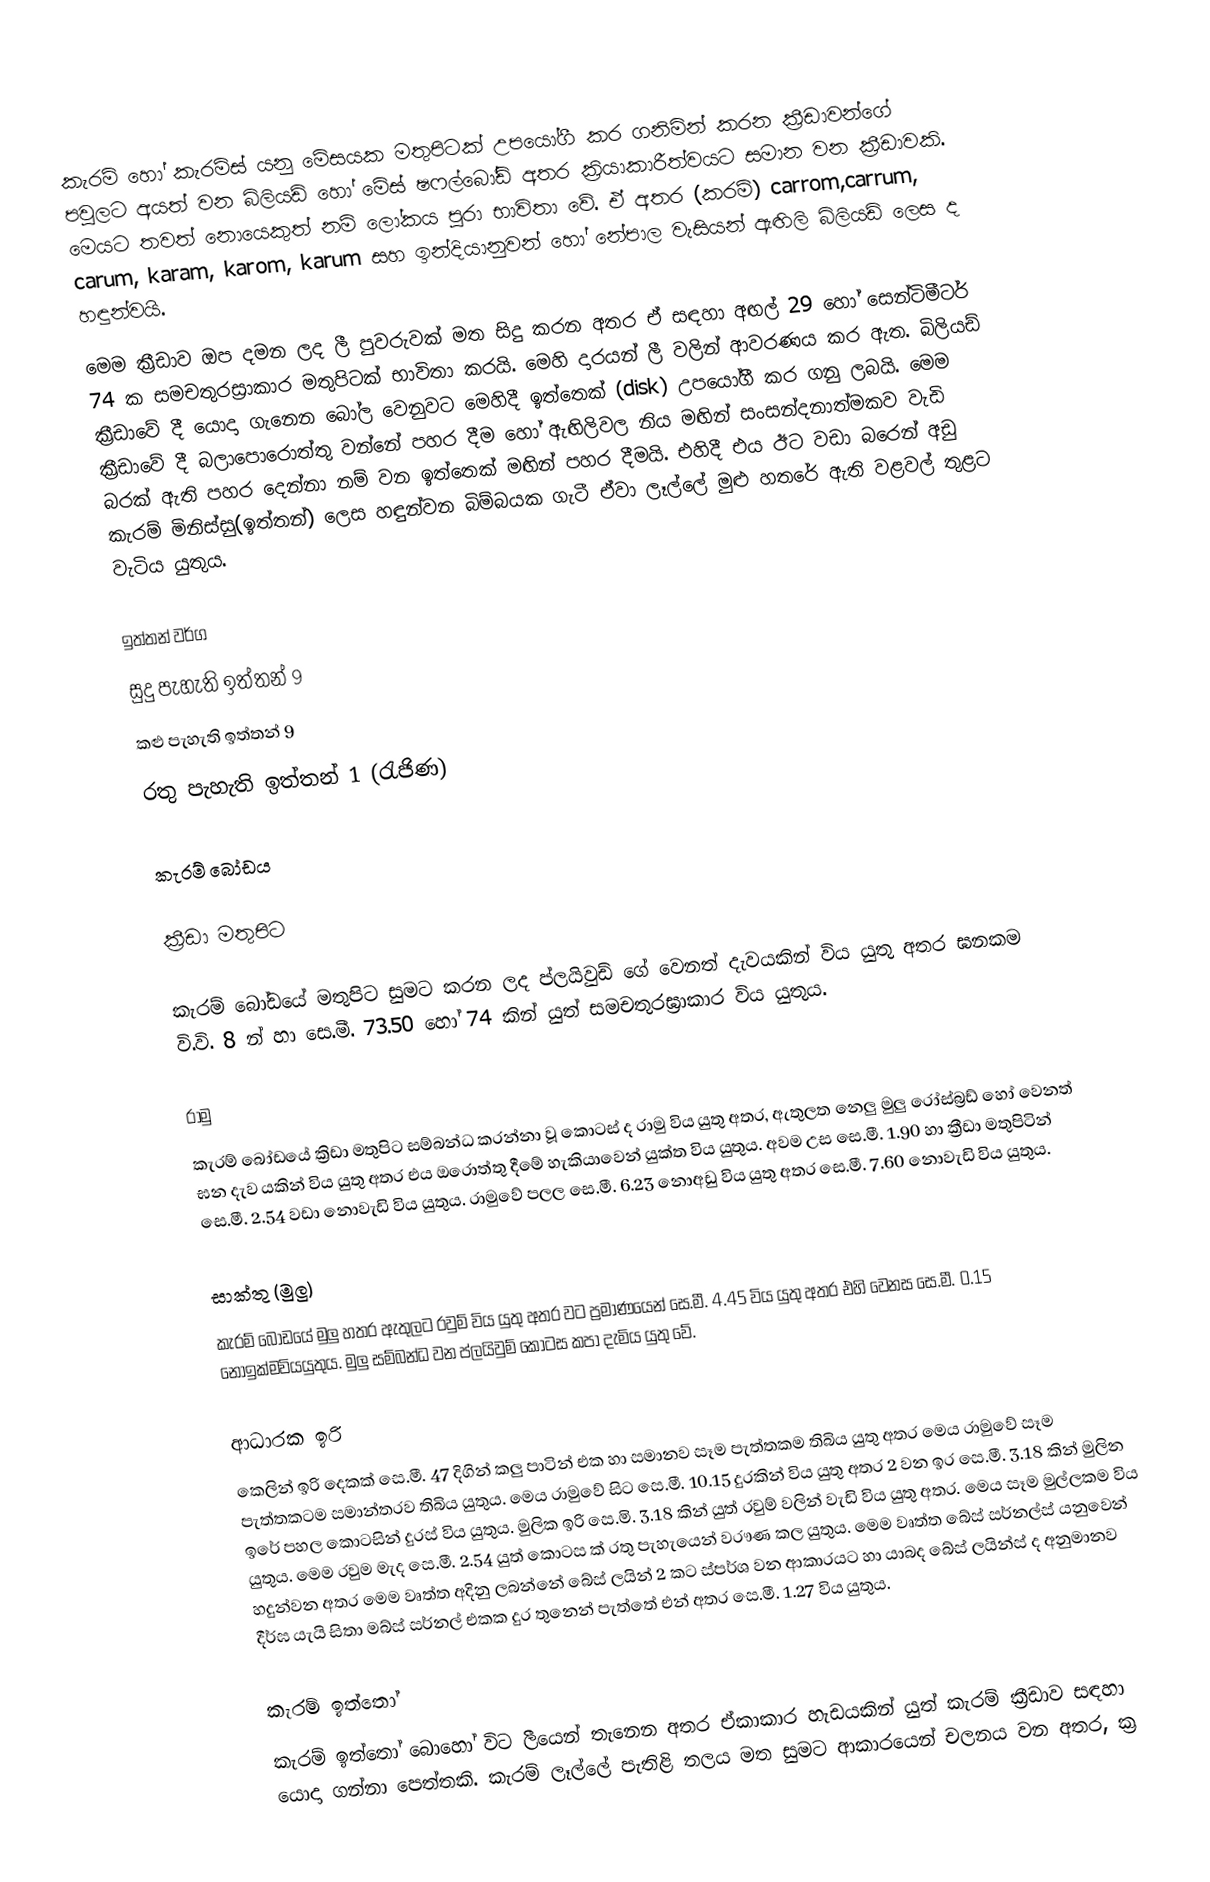
කැරම් හෝ කැරම්ස් යනු මේසයක මතුපිටක් උපයෝගී කර ගනිමින් කරන ක්‍රීඩාවන්ගේ පවුලට අයත් වන බිලියඩ් හෝ මේස් ෂෆල්බෝඩ් අතර ක්‍රියාකාරීත්වයට සමාන වන ක්‍රීඩාවකි. මෙයට තවත් නොයෙකුත් නම් ලෝකය පුරා භාවිතා වේ. ඒ අතර (කරම්) carrom,carrum, carum, karam, karom, karum සහ ඉන්දියානුවන් හෝ නේපාල වැසියන් ඇඟිලි බිලියඩ් ලෙස ද හඳුන්වයි.
මෙම ක්‍රීඩාව ඔප දමන ලද ලී පුවරුවක් මත සිදු කරන අතර ඒ සඳහා අඟල් 29 හෝ සෙන්ටිමීටර් 74 ක සමචතුරස්‍රාකාර මතුපිටක් භාවිතා කරයි. මෙහි දාරයන් ලී වලින් ආවරණය කර ඇත. බිලියඩ් ක්‍රීඩාවේ දී යොදා ගැනෙන බෝල වෙනුවට මෙහිදී ඉත්තෙක් (disk) උපයෝගී කර ගනු ලබයි. මෙම ක්‍රීඩාවේ දී බලාපොරොත්තු වන්නේ පහර දීම හෝ ඇඟිලිවල නිය මඟින් සංසන්දනාත්මකව වැඩි බරක් ඇති පහර දෙන්නා නම් වන ඉත්තෙක් මඟින් පහර දීමයි. එහිදී එය ඊට වඩා බරෙන් අඩු කැරම් මිනිස්සු(ඉත්තන්) ලෙස හඳුන්වන බිම්බයක ගැටී ඒවා ලෑල්ලේ මුළු හතරේ ඇති වළවල් තුළට වැටිය යුතුය.

ඉත්තන් වර්ග
 සුදු පැහැති ඉත්තන් 9
 කළු පැහැති ඉත්තන් 9
 රතු පැහැති ඉත්තන් 1 (රැජිණ)

කැරම් බෝඩය

ක්‍රීඩා මතුපිට

කැරම් බෝඩයේ මතුපිට සුමට කරන ලද ප්ලයිවුඩ් ගේ වෙනත් දැවයකින් විය යුතු අතර ඝනකම වි.වි. 8 න් හා සෙ.මී. 73.50 හෝ 74 කින් යුත් සමචතුරඝ්‍රාකාර විය යුතුය.

රාමු
කැරම් බෝඩයේ ක්‍රිඩා මතුපිට සම්බන්ධ කරන්නා වූ කොටස් ද රාමු විය යුතු අතර, ඇතුලත නෙලු මුලු රෝස්බ්‍රඩ්  හෝ වෙනත් ඝන දැව යකින් විය යුතු අතර එය ඔරොත්තු දී‍‍මේ  හැකියාවෙන් යුක්ත විය යුතුය.  අවම උස සෙ.මී. 1.90 හා ක්‍රීඩා මතුපිටින් සෙ.මී. 2.54 වඩා නොවැඩි විය යුතුය.  රාමුවේ පලල සෙ.මී.  6.23 ‍නොඅඩු විය යුතු අතර සෙ.මී. 7.60 නොවැඩි විය යුතුය.

සාක්තු (මුලු)
කැරම් බෝඩයේ මුලු  හතර ඇතුලට රවුම් විය යුතු අතර වට ප්‍රමාණයෙන් සෙ.මී. 4.45 විය යුතු අතර එහි වෙනස සෙ.මී. 0.15 නොඉක්මවියයුතුය. මුලු සම්බන්ධ වන ප්ලයිවුම් කොටස කපා දැමිය යුතු වේ.

ආධාරක ඉරි
කෙලින් ඉරි දෙකක් සෙ.මී. 47 දිගින් කලු පාටින්  එක හා සමානව සෑම පැත්තකම තිබිය යුතු අතර මෙය රාමුවේ සෑම පැත්තකටම සමාන්තරව තිබිය යුතුය. මෙය රාමුවේ සිට සෙ.මී. 10.15 දුරකින් විය යුතු අතර 2 වන ඉර සෙ.මී. 3.18 කින් මුලින ඉරේ පහල කොටසින් දුරස් විය යුතුය.  මුලික ඉරි  සෙ.මි. 3.18 කින් යුත් රවුම් වලින් වැඩි විය යුතු අතර. මෙය සෑම මුල්ලකම විය යුතුය. මෙම රවුම මැද සෙ.මී. 2.54 යුත් කොටස ක් රතු පැහැයෙන් වරෟණ කල යුතුය. මෙම වෘත්ත බේස් සර්නල්ස් යනුවෙන්  හදුන්වන අතර මෙම වෘත්ත අදිනු ලබන්නේ බේස් ලයින් 2 කට ස්පර්ශ වන ආකාරයට හා යාබද බේස් ලයින්ස්  ද අනුමානව දීර්ඝ යැයි සිතා මබ්ස් සර්නල් එකක දුර තුනෙන් පැත්තේ එන් අතර සෙ.මී. 1.27 විය යුතුය.

කැරම් ඉත්තෝ
කැරම් ඉත්තෝ බොහෝ විට ලීයෙන් තැනෙන අතර ඒකාකාර හැඩයකින් යුත් කැරම් ක්‍රීඩාව සඳහා යොදා ගන්නා පෙත්තකි. කැරම් ලෑල්ලේ පැතිළි තලය මත සුමට ආකාරයෙන් චලනය වන අතර, ක්‍ර